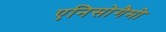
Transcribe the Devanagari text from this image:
एनिसोगैमी